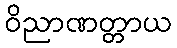
ဝိညာဏတ္တာယ